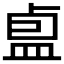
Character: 𪾏